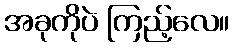
အခုကိုပဲ ကြည့်လေ။